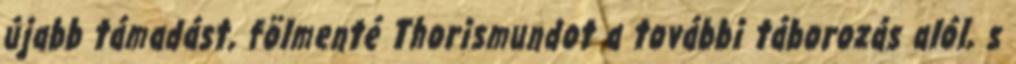
újabb támadást, fölmenté Thorismundot a további táborozás alól, s